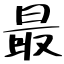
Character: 最